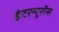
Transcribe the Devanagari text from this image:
इंटरन्यूरॉन्स